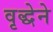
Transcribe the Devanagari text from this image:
वृद्धेने